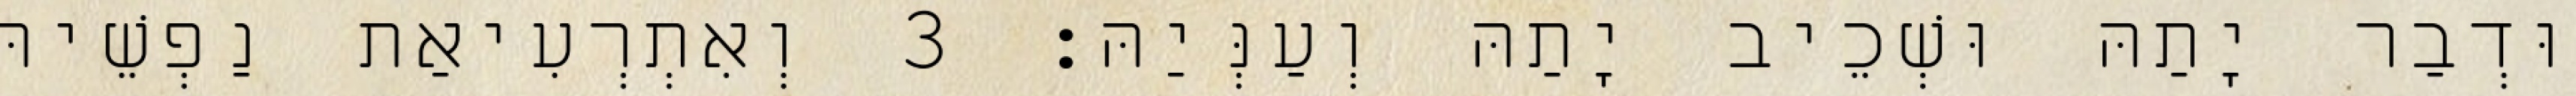
וּדְבַר יָתַהּ וּשְׁכֵיב יָתַהּ וְעַנְּיַהּ׃ 3 וְאִתְרְעִיאַת נַפְשֵׁיהּ